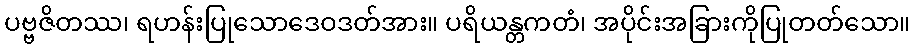
ပဗ္ဗဇိတဿ၊ ရဟန်းပြုသောဒေဝဒတ်အား။ ပရိယန္တကတံ၊ အပိုင်းအခြားကိုပြုတတ်သော။